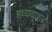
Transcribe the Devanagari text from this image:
हव्यवाहन